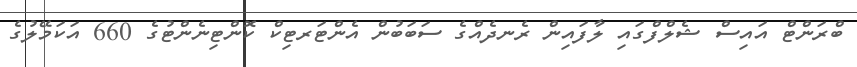
ބްރަންޓް އައިސް ޝެލްފްގައި ލާފައިން ރެނދެއްގެ ސަބަބުން އެންޓަރޓިކް ކޮންޓިނެންޓުގެ 660 އަކަމޭލުގެ